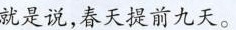
就是说，春天提前九天。